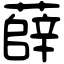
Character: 薛